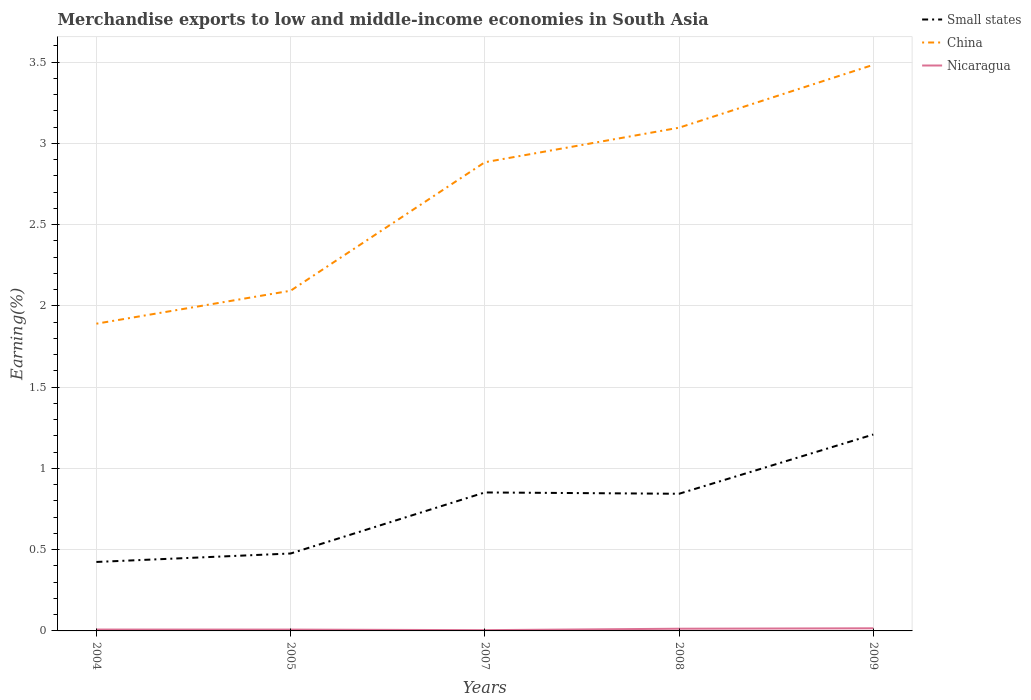
| Years | Small states | China | Nicaragua |
 | --- | --- | --- | --- |
 | 2004 | 0.424 | 1.89 | 0.00842 |
 | 2005 | 0.477 | 2.09 | 0.00818 |
 | 2007 | 0.852 | 2.88 | 0.00468 |
 | 2008 | 0.844 | 3.1 | 0.0136 |
 | 2009 | 1.21 | 3.48 | 0.0162 |